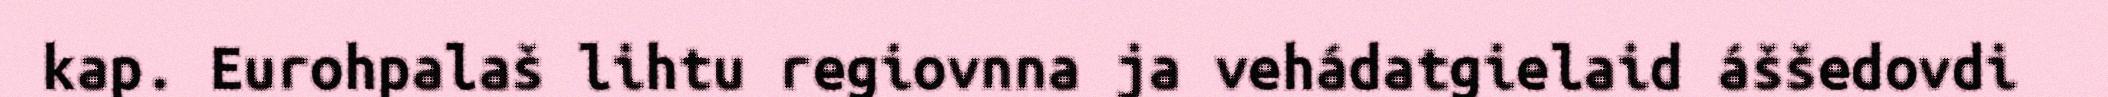
kap. Eurohpalaš lihtu regiovnna ja vehádatgielaid áššedovdi